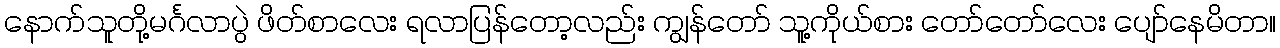
နောက်သူတို့မင်္ဂလာပွဲ ဖိတ်စာလေး ရလာပြန်တော့လည်း ကျွန်တော် သူ့ကိုယ်စား တော်တော်လေး ပျော်နေမိတာ။